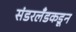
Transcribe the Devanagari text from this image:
संडरलँडकडून